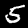
Digit: 5